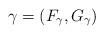
LaTeX: \begin{align*}\gamma=(F_\gamma, G_\gamma)\end{align*}